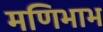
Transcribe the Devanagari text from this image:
मणिभाभ